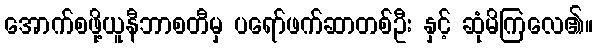
အောက်စဖို့ယူနီဘာစတီမှ ပရော်ဖက်ဆာတစ်ဦး နှင့် ဆုံမိကြလေ၏။